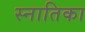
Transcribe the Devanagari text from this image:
स्नातिका